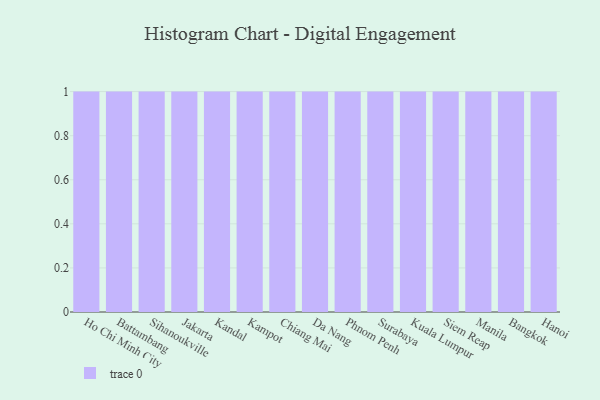
{"axis": {"x": "City", "y": "Budget (USD K)"}, "legend": [""], "data": [{"x": "Ho Chi Minh City", "y": 77, "type": ""}, {"x": "Battambang", "y": 100, "type": ""}, {"x": "Sihanoukville", "y": 35, "type": ""}, {"x": "Jakarta", "y": 66, "type": ""}, {"x": "Kandal", "y": 67, "type": ""}, {"x": "Kampot", "y": 47, "type": ""}, {"x": "Chiang Mai", "y": 20, "type": ""}, {"x": "Da Nang", "y": 95, "type": ""}, {"x": "Phnom Penh", "y": 69, "type": ""}, {"x": "Surabaya", "y": 67, "type": ""}, {"x": "Kuala Lumpur", "y": 26, "type": ""}, {"x": "Siem Reap", "y": 72, "type": ""}, {"x": "Manila", "y": 27, "type": ""}, {"x": "Bangkok", "y": 67, "type": ""}, {"x": "Hanoi", "y": 31, "type": ""}]}